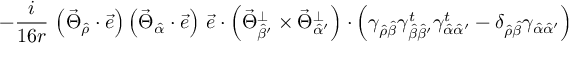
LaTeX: - \frac { i } { 1 6 r } \, \left( \vec { \Theta } _ { \hat { \rho } } \cdot \vec { e } \right) \left( \vec { \Theta } _ { \hat { \alpha } } \cdot \vec { e } \right) \, \vec { e } \cdot \left( \vec { \Theta } _ { \hat { \beta } ^ { \prime } } ^ { \bot } \times \vec { \Theta } _ { \hat { \alpha } ^ { \prime } } ^ { \bot } \right) \cdot \left( \gamma _ { \hat { \rho } \hat { \beta } } \gamma _ { \hat { \beta } \hat { \beta } ^ { \prime } } ^ { t } \gamma _ { \hat { \alpha } \hat { \alpha } ^ { \prime } } ^ { t } - \delta _ { \hat { \rho } \hat { \beta } } \gamma _ { \hat { \alpha } \hat { \alpha } ^ { \prime } } \right)